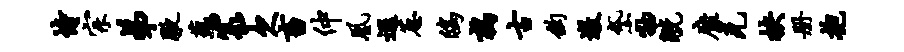
恃宗弟腋蕴篆欠畜仲凰遐葱鸱鹑古钩墩黛物觥靡克抉册抱